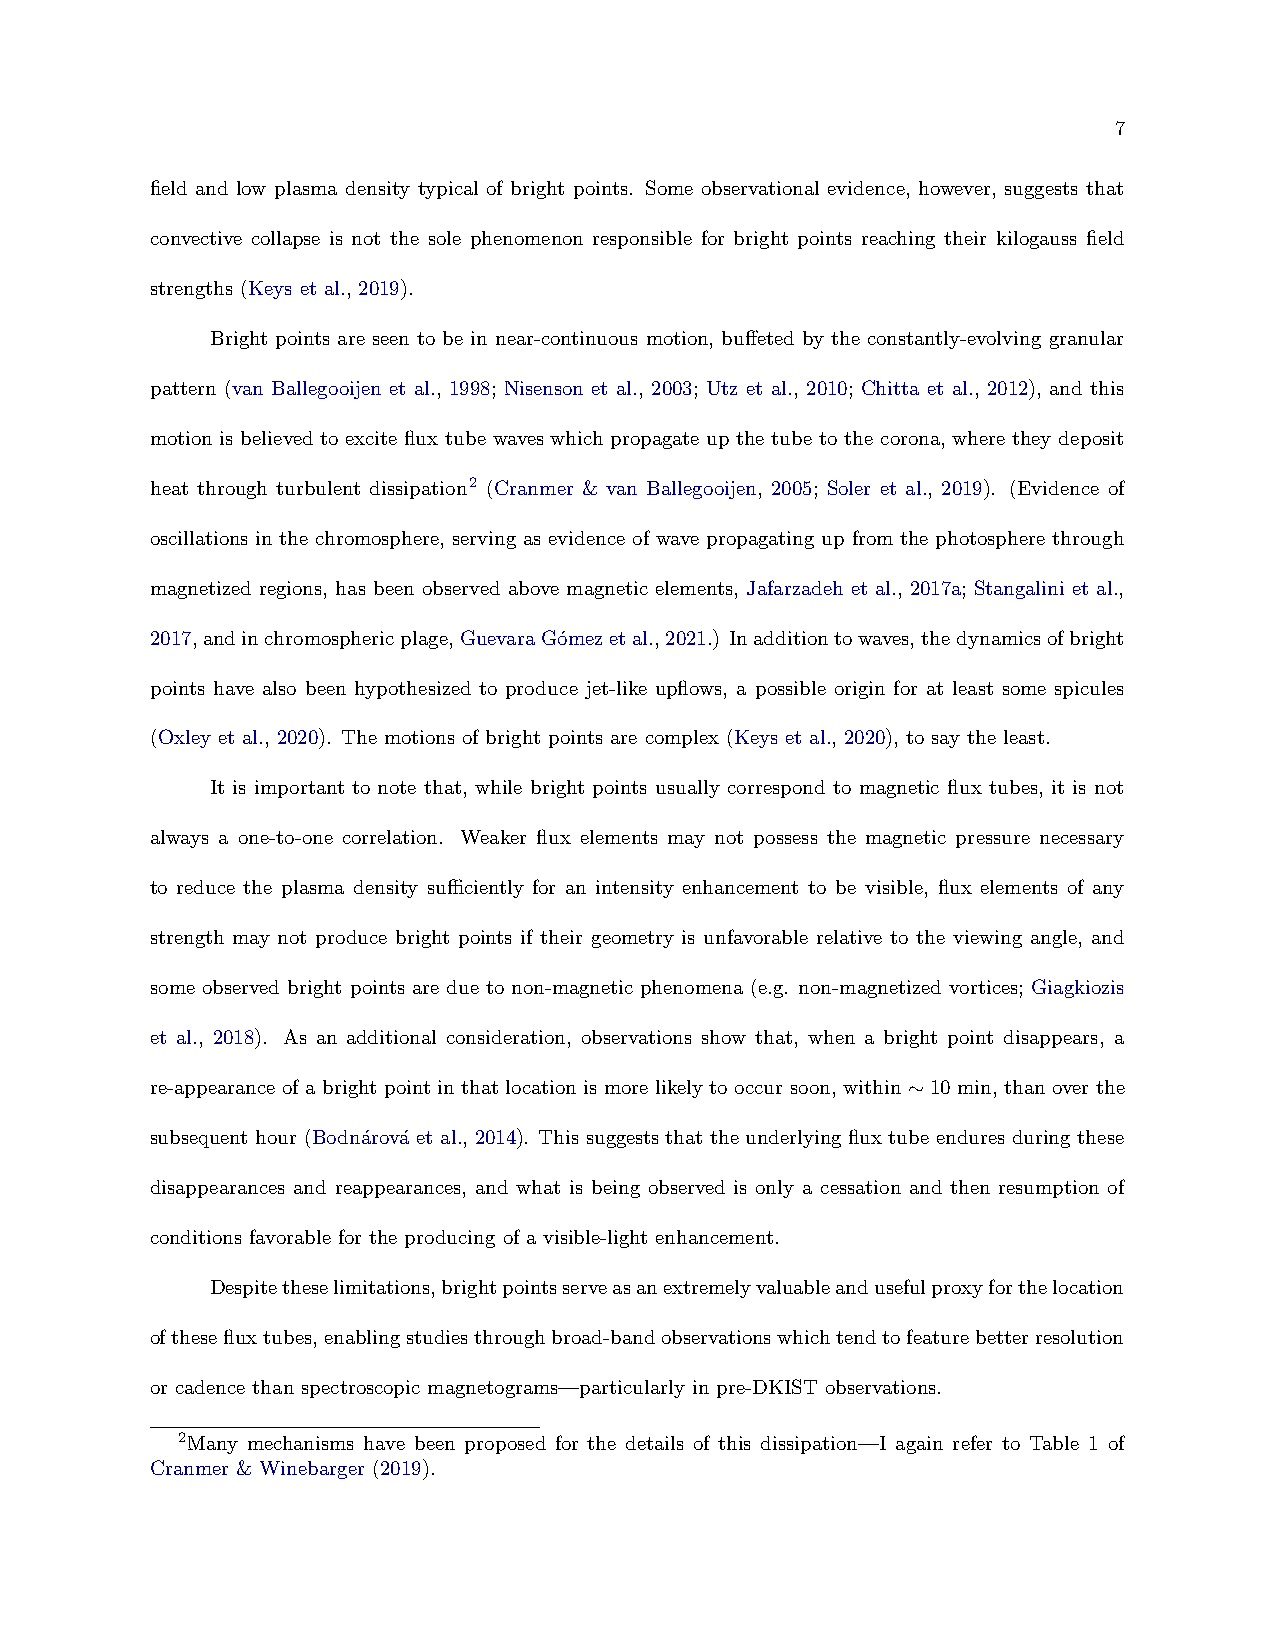
7
 field and low plasma density typical of bright points. Some observational evidence, however, suggests that
 convective collapse is not the sole phenomenon responsible for bright points reaching their kilogauss field
 strengths (Keys et al., 2019).
 Bright points are seen to be in near-continuous motion, buffeted by the constantly-evolving granular
 pattern (van Ballegooijen et al., 1998; Nisenson et al., 2003; Utz et al., 2010; Chitta et al., 2012), and this
 motion is believed to excite flux tube waves which propagate up the tube to the corona, where they deposit
 heat through turbulent dissipation2 (Cranmer & van Ballegooijen, 2005; Soler et al., 2019). (Evidence of
 oscillations in the chromosphere, serving as evidence of wave propagating up from the photosphere through
 magnetized regions, has been observed above magnetic elements, Jafarzadeh et al., 2017a; Stangalini et al.,
 2017,andinchromosphericplage,GuevaraG´omezetal.,2021.) Inadditiontowaves,thedynamicsofbright
 points have also been hypothesized to produce jet-like upflows, a possible origin for at least some spicules
 (Oxley et al., 2020). The motions of bright points are complex (Keys et al., 2020), to say the least.
 It is important to note that, while bright points usually correspond to magnetic flux tubes, it is not
 always a one-to-one correlation. Weaker flux elements may not possess the magnetic pressure necessary
 to reduce the plasma density sufficiently for an intensity enhancement to be visible, flux elements of any
 strength may not produce bright points if their geometry is unfavorable relative to the viewing angle, and
 some observed bright points are due to non-magnetic phenomena (e.g. non-magnetized vortices; Giagkiozis
 et al., 2018). As an additional consideration, observations show that, when a bright point disappears, a
 re-appearance of a bright point in that location is more likely to occur soon, within ∼10 min, than over the
 subsequent hour (Bodn´arov´a et al., 2014). This suggests that the underlying flux tube endures during these
 disappearances and reappearances, and what is being observed is only a cessation and then resumption of
 conditions favorable for the producing of a visible-light enhancement.
 Despitetheselimitations,brightpointsserveasanextremelyvaluableandusefulproxyforthelocation
 ofthesefluxtubes,enablingstudiesthroughbroad-bandobservationswhichtendtofeaturebetterresolution
 or cadence than spectroscopic magnetograms—particularly in pre-DKIST observations.
 2Many mechanisms have been proposed for the details of this dissipation—I again refer to Table 1 of
 Cranmer & Winebarger (2019).